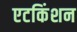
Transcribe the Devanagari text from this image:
एटकिंशन